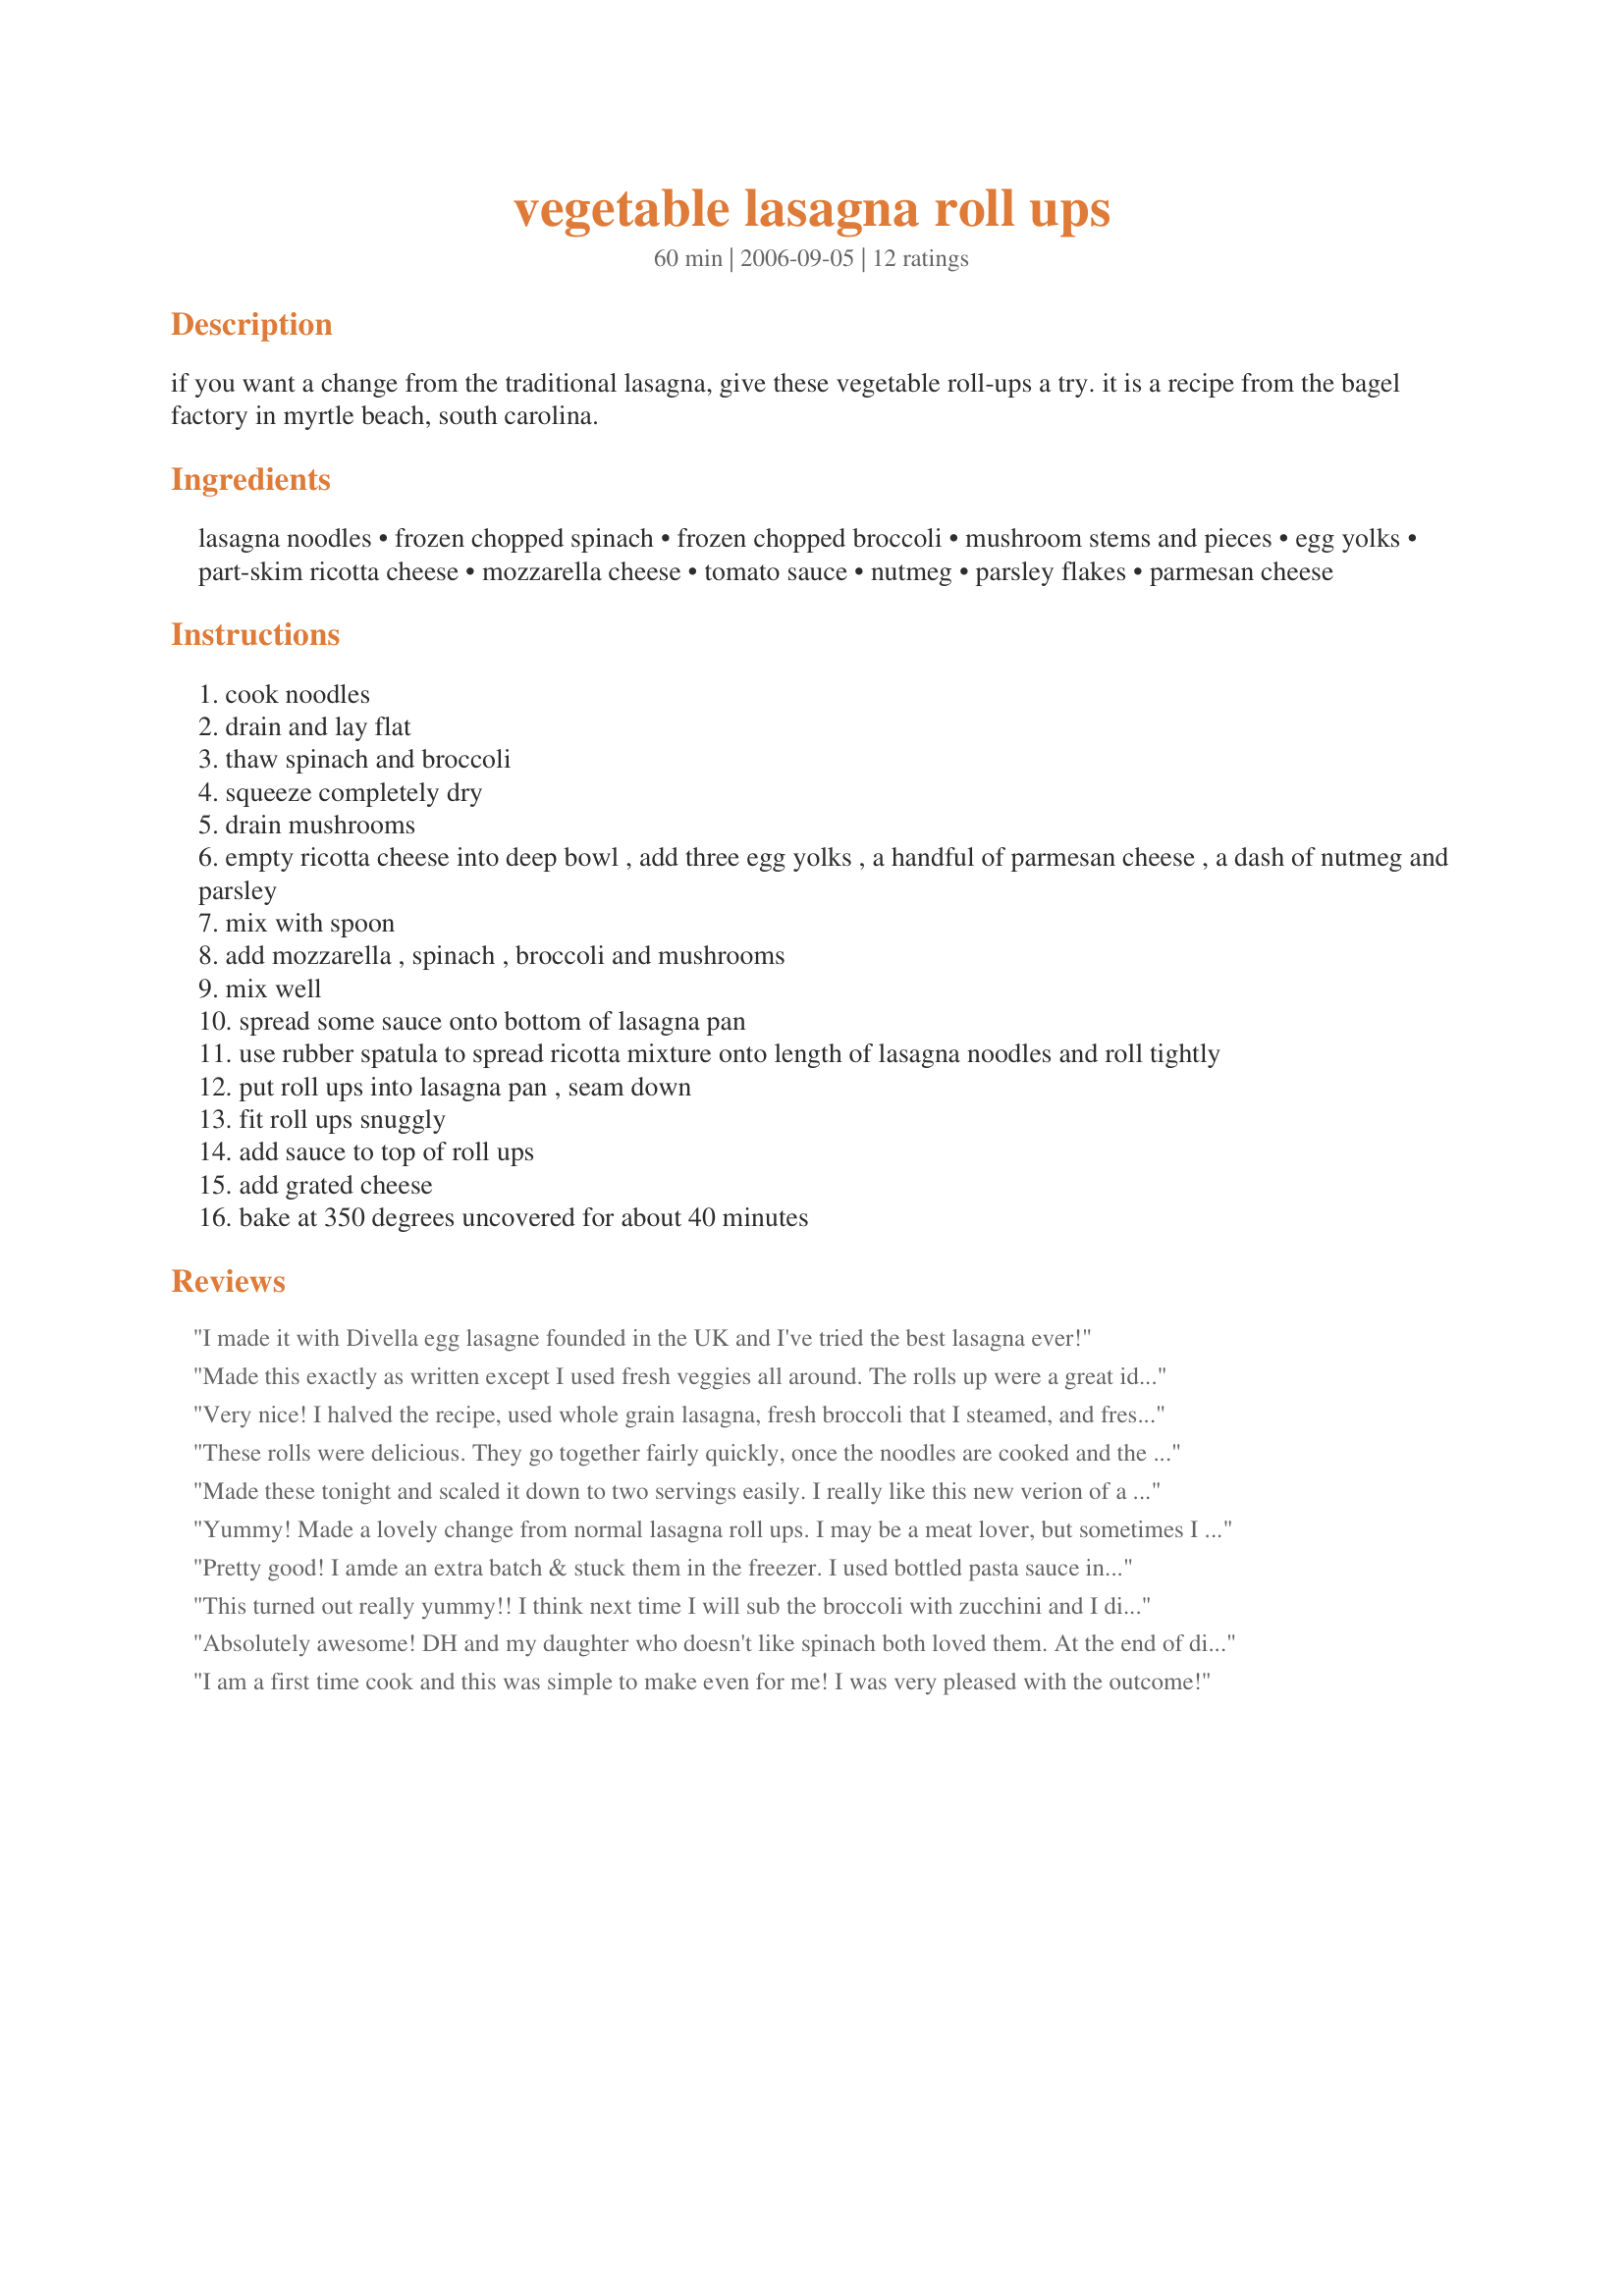
vegetable lasagna roll ups
Preparation time: 60 minutes

if you want a change from the traditional lasagna, give these vegetable roll-ups a try. it is a recipe from the bagel factory in myrtle beach, south carolina.

Ingredients:
lasagna noodles, frozen chopped spinach, frozen chopped broccoli, mushroom stems and pieces, egg yolks, part-skim ricotta cheese, mozzarella cheese, tomato sauce, nutmeg, parsley flakes, parmesan cheese

Steps:
cook noodles
drain and lay flat
thaw spinach and broccoli
squeeze completely dry
drain mushrooms
empty ricotta cheese into deep bowl , add three egg yolks , a handful of parmesan cheese , a dash of nutmeg and parsley
mix with spoon
add mozzarella , spinach , broccoli and mushrooms
mix well
spread some sauce onto bottom of lasagna pan
use rubber spatula to spread ricotta mixture onto length of lasagna noodles and roll tightly
put roll ups into lasagna pan , seam down
fit roll ups snuggly
add sauce to top of roll ups
add grated cheese
bake at 350 degrees uncovered for about 40 minutes

Reviews:
I made it with Divella egg lasagne founded in the UK and I've tried the best lasagna ever!
Made this exactly as written except I used fresh veggies all around. The rolls up were a great idea and much easier than cannelloni. I thought the flavor was great but it was overall a little ricotta heavy and a little lacking in sauce. Just my personal preference. Very well seasoned!
Very nice! I halved the recipe, used whole grain lasagna, fresh broccoli that I steamed, and fresh mushrooms, sauteed. I used cottage cheese in place of ricotta(personal preferance). I did use the whole egg. Two made a nice serving and even my DH enjoyed this dish! Thank you Lainey!
These rolls were delicious. They go together fairly quickly, once the noodles are cooked and the ricotta mixture is made. I did use 1 cup of coarsely chopped fresh mushrooms, lightly sauteed in non-stick cooking spray, instead of the canned. Also, I used a large jar of pasta sauce in place of the tomato sauce. I used approx. 1/3 cup of the ricotta filling for each lasagne noodle and got 20 rolls out of this recipe. My family really loved these and gave them 2-thumbs up. Thank you for sharing this wonderful recipe...it is definitely a keeper!! Congratulations again on winning the football pool.
Made these tonight and scaled it down to two servings easily. I really like this new verion of a family favortie, its kinda like a manacotti but with out the hassel of making the shells. I used fresh mushrooms that I cooked with butter since I did not have canned. I plan on making these again playing around with diffrent fillings and sauce.
Yummy! Made a lovely change from normal lasagna roll ups. I may be a meat lover, but sometimes I do like a break from it. These were delicious and really easy to make. Big thumbs up from both of us here!
Pretty good! I amde an extra batch & stuck them in the freezer. I used bottled pasta sauce instead of plain tomato sauce since that is what I had on hand. Thanks!
This turned out really yummy!! I think next time I will sub the broccoli with zucchini and I did use 14 oz of tomato sauce and 14 oz of spaghetti sauce instead of all tomato sauce. I also used cottage cheese instead or ricotta, as cottage cheese is way cheaper! Still turned out pretty taste! This makes a lot of food too, Always a plus.
Absolutely awesome! DH and my daughter who doesn't like spinach both loved them. At the end of dinner they both asked me when we could have them again. Fortunately, there are leftovers! Wouldn't change a thing!
I am a first time cook and this was simple to make even for me! I was very pleased with the outcome!
I served these for a dinner party this weekend and they were a hit!
Everyone thought I was gourmet.
They went together quickly and were way easier to serve than regular lasagna.
Thanks for sharing!
I used fresh spinach & fresh mushrooms also. For some reason I thought this would be alot quicker than making a regular lasagna. Spreading the cheese mixture on each noodle & rolling took time, however it was much easier to serve this way. Tasted great anyway. Thanks for posting!
